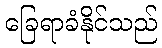
ခြေရာခံနိုင်သည်